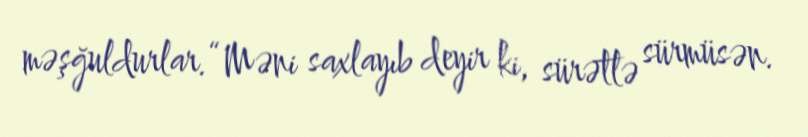
məşğuldurlar.“Məni saxlayıb deyir ki, sürətlə sürmüsən.